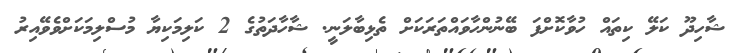
ޝާހިދޫ ކަލޭ ކިތައް ހުވާކޮށްފަ ބޭނުންހާވައްތަރަކަށް ތެޅިބާލަނީ. ޝާހާދަތުގެ 2 ކަލިމަކިޔާ މުސްލިމަކަށްވެވޭއިރު